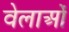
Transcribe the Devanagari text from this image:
वेलाओं